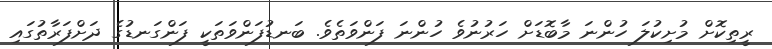
ރީތިކޮށް މުށިކުލަ ހުންނަ މާބޮޑަށް ހަރުނުވެ ހުންނަ ފަންވަތެވެ. ބަނޑުފަންވަތަކީ ފަންގަނޑުގެ ދަށްފަރާތުގައި